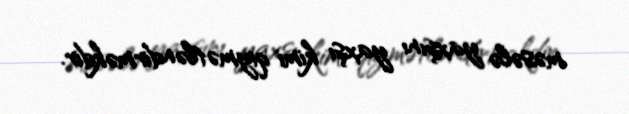
məsələ yaxşını yaxşı kimi qiymətləndirməkdir.